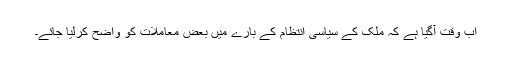
اب وقت آگیا ہے کہ ملک کے سیاسی انتظام کے بارے میں بعض معاملات کو واضح کرلیا جائے۔